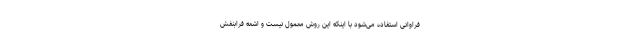
فراوانی استفاده می‌شود با اینکه این روش معمول نیست و اشعه فرابنفش